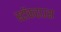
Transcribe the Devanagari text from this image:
स्टॉकहाउस